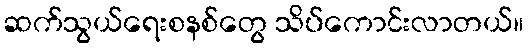
ဆက်သွယ်ရေးစနစ်တွေ သိပ်ကောင်းလာတယ်။